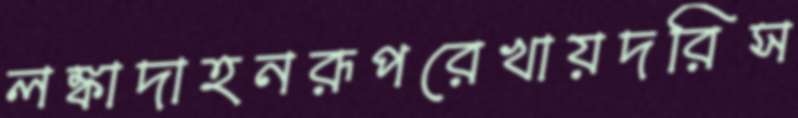
লঙ্কাদাহনরূপরেখায়দরিস